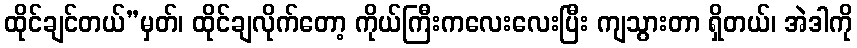
ထိုင်ချင်တယ်”မှတ်၊ ထိုင်ချလိုက်တော့ ကိုယ်ကြီးကလေးလေးပြီး ကျသွားတာ ရှိတယ်၊ အဲဒါကို